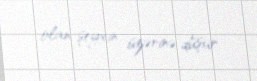
olan şeyxin üzərinə düşür.